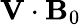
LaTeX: \mathbf{V}\cdot\mathbf{B}_{0}